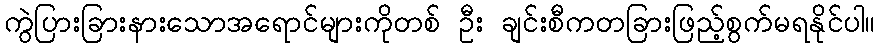
ကွဲပြားခြားနားသောအရောင်များကိုတစ် ဦး ချင်းစီကတခြားဖြည့်စွက်မရနိုင်ပါ။